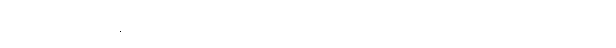
ဣတိ၊ ဤအနက်ကို။ ဒဿေတုံ၊ ဟောတော်မူခြင်းငှာ။ စေတသိကောတိ၊